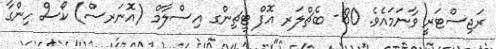
ރަޖިސްޓަރީ ވާނަމައެވެ. 80- ބެޗްލަރ އޮފް ޓީޗިންގ އިސްލާމް (އޮނަރސް) ކޯސް ހިންގާ